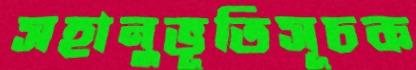
সহানুভূতিসূচক